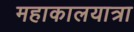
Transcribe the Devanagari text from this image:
महाकालयात्रा